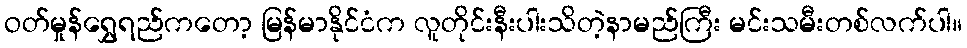
ဝတ်မှုန်ရွှေရည်ကတော့ မြန်မာနိုင်ငံက လူတိုင်းနီးပါးသိတဲ့နာမည်ကြီး မင်းသမီးတစ်လက်ပါ။